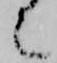
也